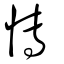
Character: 慱